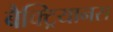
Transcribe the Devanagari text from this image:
बैक्ट्रियानस